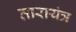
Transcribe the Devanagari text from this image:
तारायंत्र